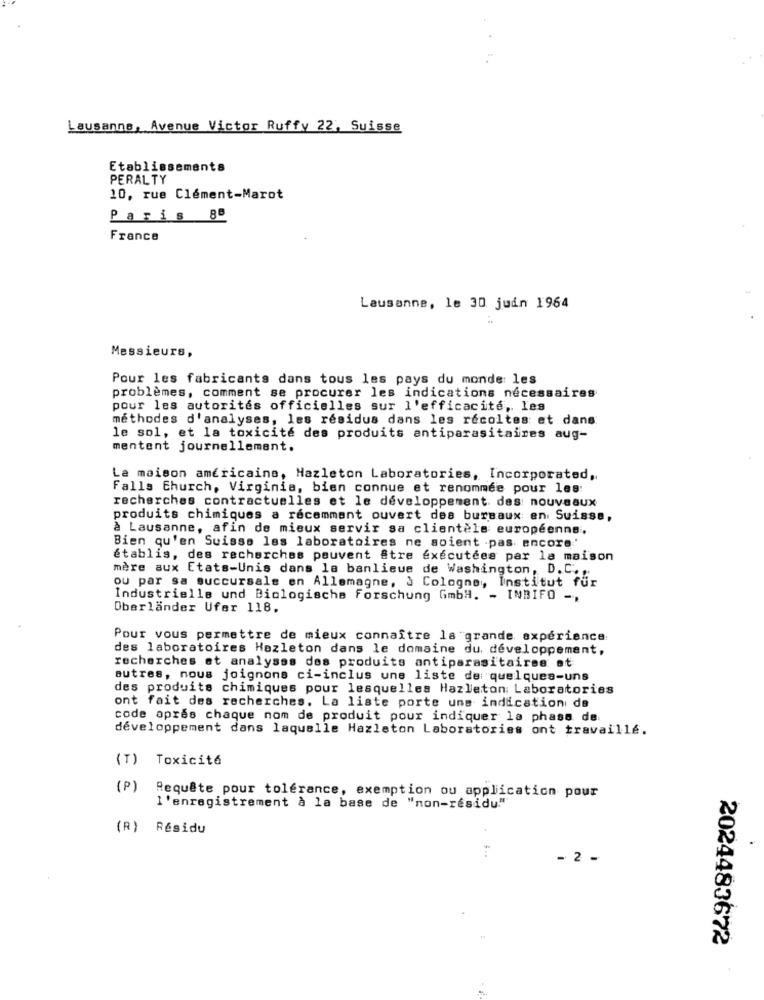
Lausanne, Avenue Victor Ruffy 22, Suisse
Etablissements
PERALTY
10, rue Clément-Marot
Paris 88
France
Lausanne, le 30 juin 1964
Messieurs,
Pour les fabricants dans tous les pays du monde: les
problèmes, comment se procurer les indications nécessaires
pour les autorités officielles sur l'efficacité, les
méthodes d'analyses, les résidus dans les récoltes et dans
le sol, et la toxicité des produits antiparasitaires aug-
mentent journellement.
La maison américaine, Hazleton Laboratories, Incorporated,
Falls Church, Virginia, bien connue et renommée pour les:
recherches contractuelles et le développement des nouveaux
produits chimiques a récemment ouvert des bureaux en Suisse,
à Lausanne, afin de mieux servir sa clientèle européenne.
Bien qu'en Suisse les laboratoires ne soient -pas encore'
établis, des recherches peuvent être exécutées par la maison
mère aux Etats-unis dans la banlieue de Washington, D. C ....
ou par sa succursale en Allemagne, à Cologno", Institut fur
Industrielle und Biologische forschung GmbH. - INBIFO -,
Oberlander Ufer 118.
Pour vous permettre de mieux connaître la grande expérience
des laboratoires Hazleton dans le domaine du. développement,
recherches et analyses des produits antiparasitaires et
autres, nous joignons ci-inclus une liste de: quelques-uns
des produits chimiques pour lesquelles Hazleton Laboratories
ont fait des recherches. La liste porte uns indication de
code apres chaque nom de produit pour indiquer la phase de
développement dans laquelle Hazleton Laboratories ont travaillé.
(T) Toxicité
(P)
Requête pour tolérance, exemption ou application pour
l'enregistrement à la base de "non-residu""
(R) Résidu
- 2 -
2024483672